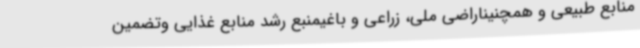
منابع طبیعی و همچنیناراضی ملی، زراعی و باغیمنبع رشد منابع غذایی وتضمین